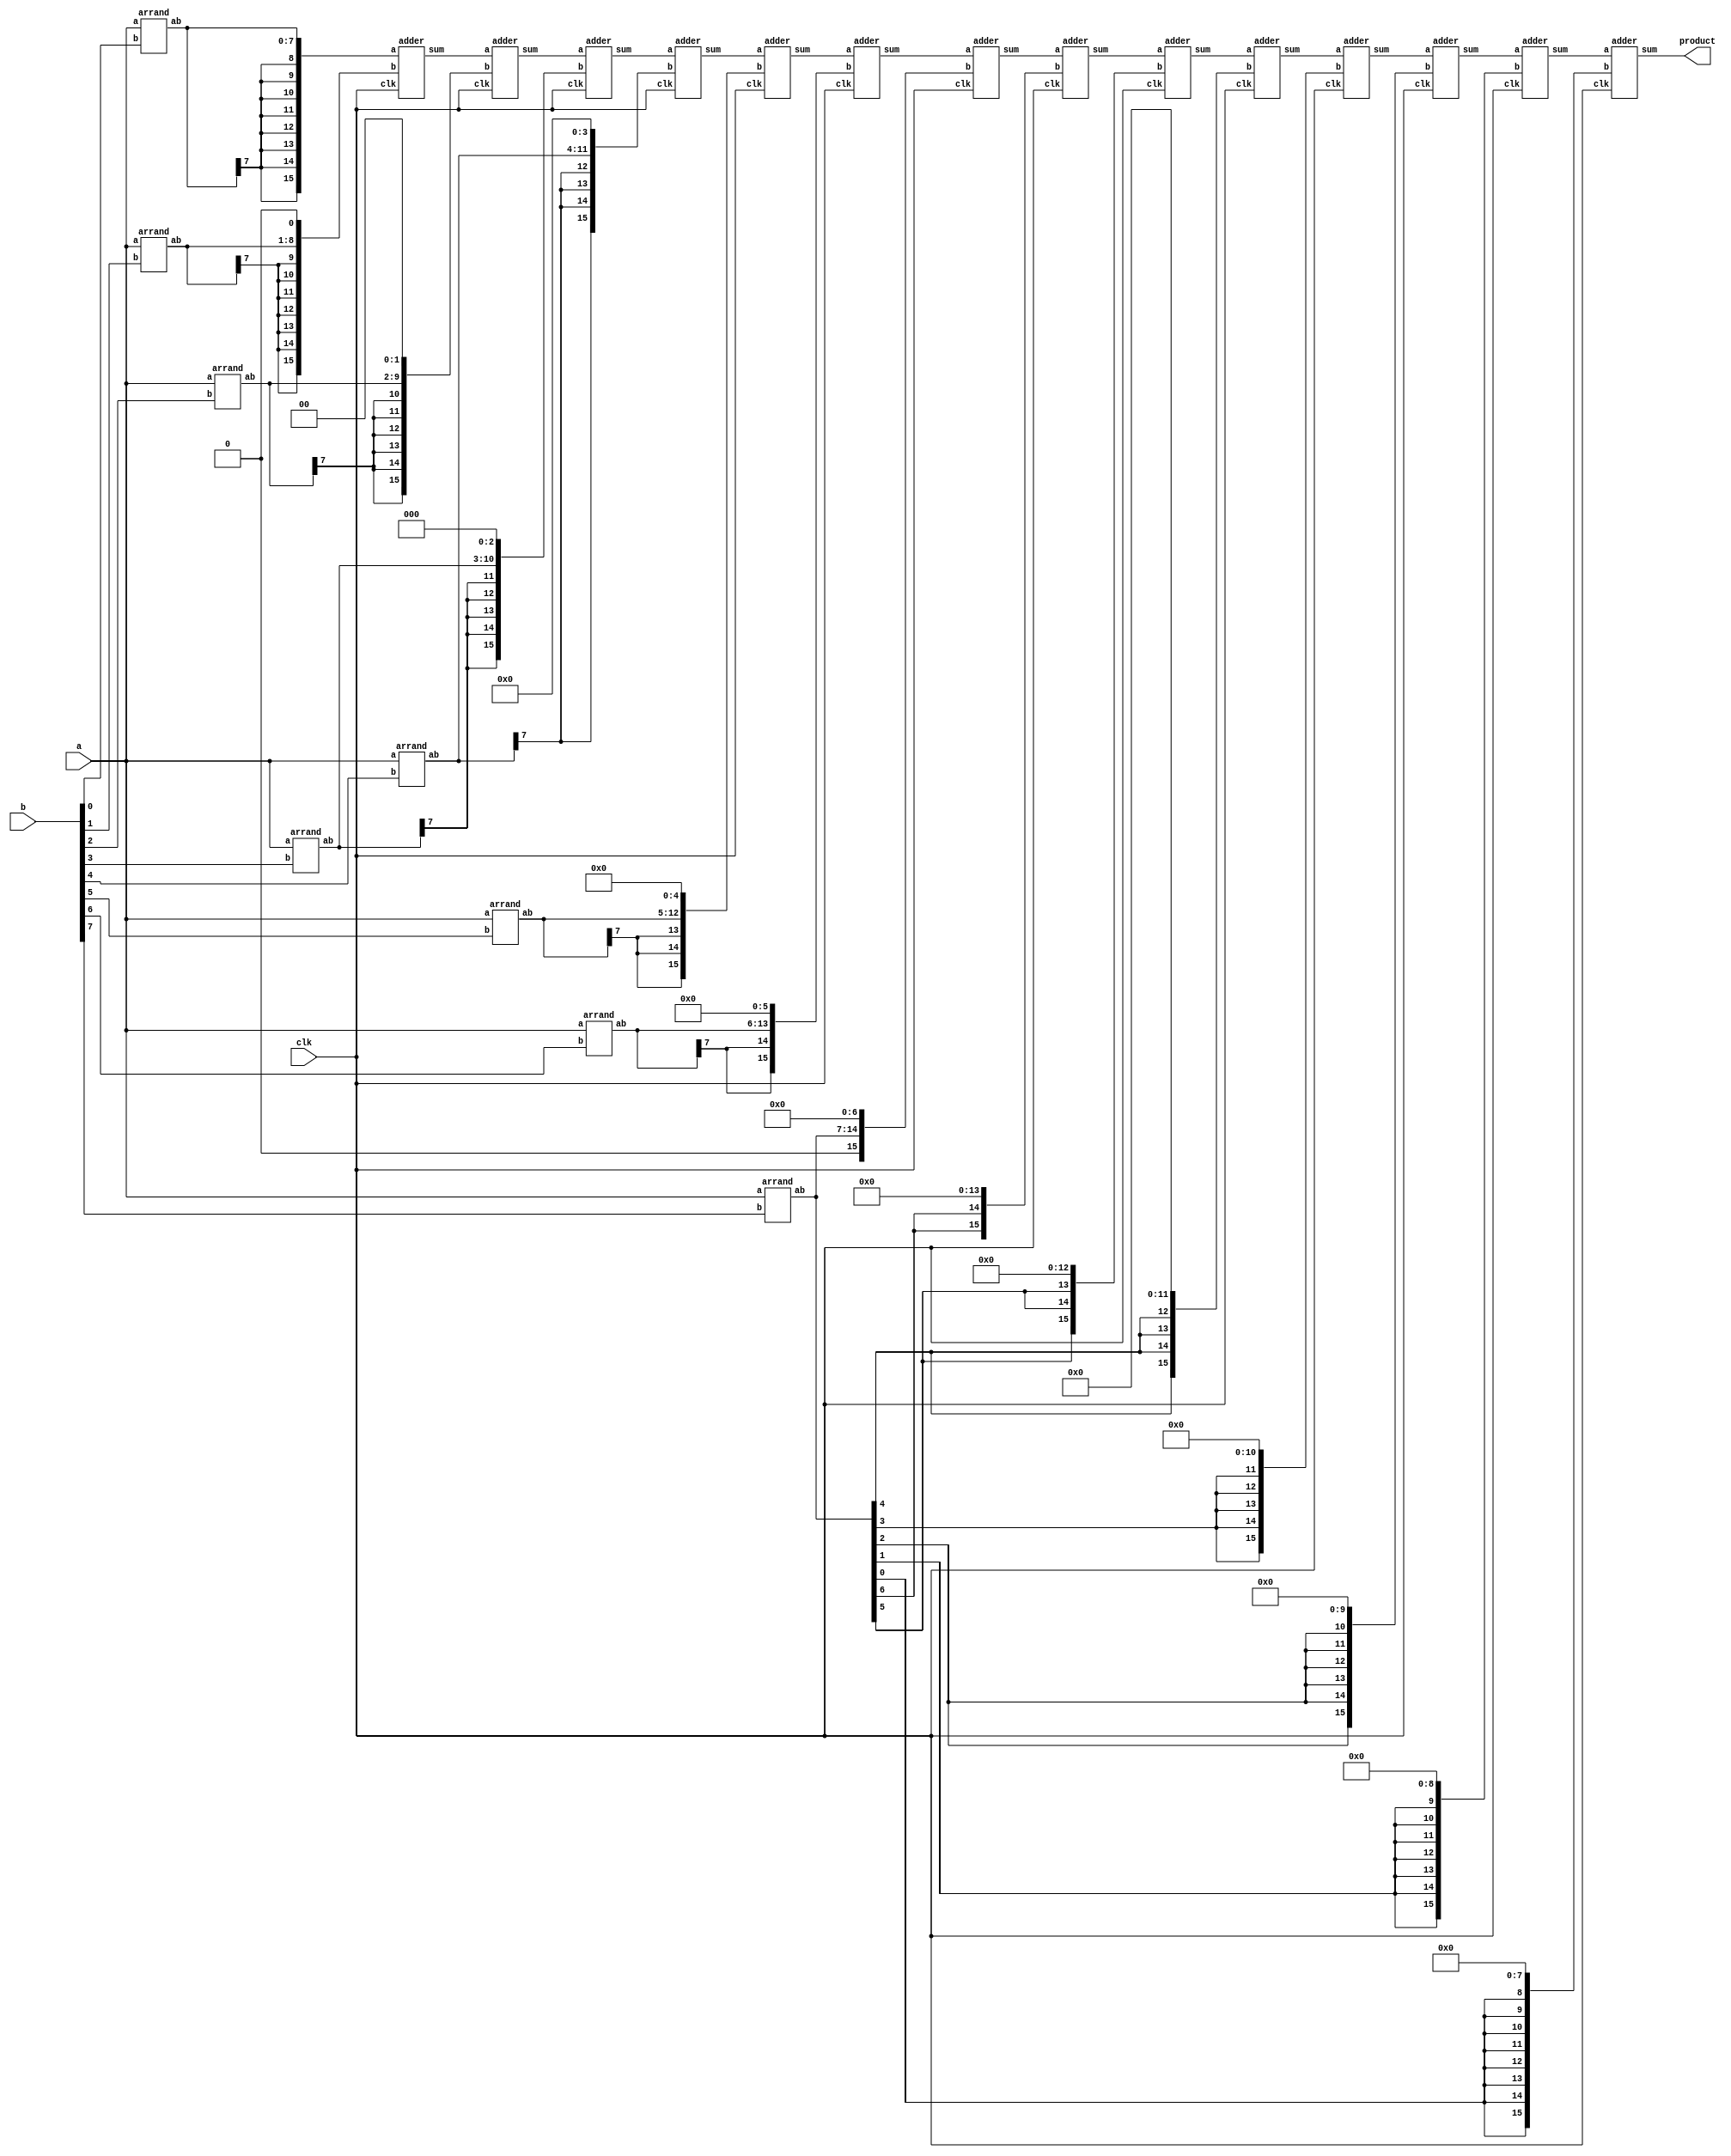
module MPY(clk, a, b, product);
    input clk;
    input [7:0] a, b;
    wire [7:0] ab0, ab1, ab2, ab3, ab4, ab5, ab6, ab7;
    wire [15:0] add0, add1, add2, add3, add4, add5, add6, add7;
    wire [15:0] ext0, ext1, ext2, ext3, ext4, ext5, ext6, ext7;
    wire [15:0] sum0, sum1, sum2, sum3, sum4, sum5, sum6, sum7, sum8, sum9, sum10, sum11, sum12;
    output [15:0] product;

    arrand and0(a, b[0], ab0);
    arrand and1(a, b[1], ab1);
    arrand and2(a, b[2], ab2);
    arrand and3(a, b[3], ab3);
    arrand and4(a, b[4], ab4);
    arrand and5(a, b[5], ab5);
    arrand and6(a, b[6], ab6);
    arrand and7(a, b[7], ab7);

    assign add0 = {{8{ab0[7]}}, ab0};
    assign add1 = {{7{ab1[7]}}, ab1, 1'b0};
    assign add2 = {{6{ab2[7]}}, ab2, 2'b0};
    assign add3 = {{5{ab3[7]}}, ab3, 3'b0};
    assign add4 = {{4{ab4[7]}}, ab4, 4'b0};
    assign add5 = {{3{ab5[7]}}, ab5, 5'b0};
    assign add6 = {{2{ab6[7]}}, ab6, 6'b0};
    assign add7 = {1'b0, ab7, 7'b0};
	assign ext0 = {{2{ab7[6]}}, 14'b0};
	assign ext1 = {{3{ab7[5]}}, 13'b0};
	assign ext2 = {{4{ab7[4]}}, 12'b0};
    assign ext3 = {{5{ab7[3]}}, 11'b0};
    assign ext4 = {{6{ab7[2]}}, 10'b0};
    assign ext5 = {{7{ab7[1]}}, 9'b0};
    assign ext6 = {{8{ab7[0]}}, 8'b0};
	
    adder adder1(clk,add0,add1,sum0);
    adder adder2(clk,sum0,add2,sum1);
    adder adder3(clk,sum1,add3,sum2);
    adder adder4(clk,sum2,add4,sum3);
    adder adder5(clk,sum3,add5,sum4);
    adder adder6(clk,sum4,add6,sum5);
    adder adder7(clk,sum5,add7,sum6);
    adder adder8(clk,sum6,ext0,sum7);
    adder adder9(clk,sum7,ext1,sum8);
    adder adder10(clk,sum8,ext2,sum9);
    adder adder11(clk,sum9,ext3,sum10);
    adder adder12(clk,sum10,ext4,sum11);
    adder adder13(clk,sum11,ext5,sum12);
    adder adder14(clk,sum12,ext6,product);

endmodule

module arrand(a, b, ab);
    input [7:0] a;
    input b;
    output [7:0] ab;

    assign ab[0] = a[0] & b;
    assign ab[1] = a[1] & b;
    assign ab[2] = a[2] & b;
    assign ab[3] = a[3] & b;
    assign ab[4] = a[4] & b;
    assign ab[5] = a[5] & b;
    assign ab[6] = a[6] & b;
    assign ab[7] = a[7] & b;

endmodule

module adder(clk, a, b, sum);
    input clk;
    input [15:0] a, b;
    output [15:0] sum;
    wire [15:0]c;
    
    HA HA1(clk, a[0], b[0], sum[0], c[0]);
    FA FA1(clk, a[1], b[1], c[0], sum[1], c[1]);
    FA FA2(clk, a[2], b[2], c[1], sum[2], c[2]);
    FA FA3(clk, a[3], b[3], c[2], sum[3], c[3]);
    FA FA4(clk, a[4], b[4], c[3], sum[4], c[4]);
    FA FA5(clk, a[5], b[5], c[4], sum[5], c[5]);
    FA FA6(clk, a[6], b[6], c[5], sum[6], c[6]);
    FA FA7(clk, a[7], b[7], c[6], sum[7], c[7]); 
    FA FA8(clk, a[8], b[8], c[7], sum[8], c[8]);
    FA FA9(clk, a[9], b[9], c[8], sum[9], c[9]);
    FA FA10(clk, a[10], b[10], c[9], sum[10], c[10]);
    FA FA11(clk, a[11], b[11], c[10], sum[11], c[11]);
    FA FA12(clk, a[12], b[12], c[11], sum[12], c[12]);
    FA FA13(clk, a[13], b[13], c[12], sum[13], c[13]);
    FA FA14(clk, a[14], b[14], c[13], sum[14], c[14]);
    FA FA15(clk, a[15], b[15], c[14], sum[15], c[15]);
                           
endmodule

module FA(clk, a, b, cin, s, c);
    input clk;
    input a, b, cin;
    output  reg s, c;
    always @(posedge clk) begin
        s <= (a ^ b ^ cin);
        c <= ( a & b ) + ( b & cin ) + ( cin & a );
    end
endmodule

module HA(clk, a, b, s, c);
    input clk;
    input a, b;
    output  reg s, c;
    always @(posedge clk) begin
        s <=  a ^ b ;//XOR
        c <=  a & b ;
    end
endmodule